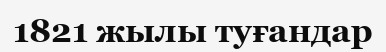
1821 жылы туғандар